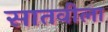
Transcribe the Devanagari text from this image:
सातवीला